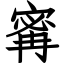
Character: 寗